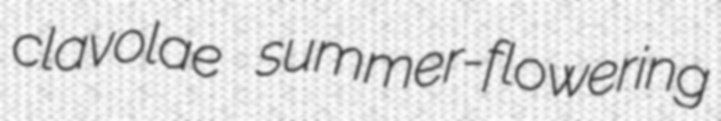
clavolae summer-flowering